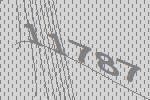
11787